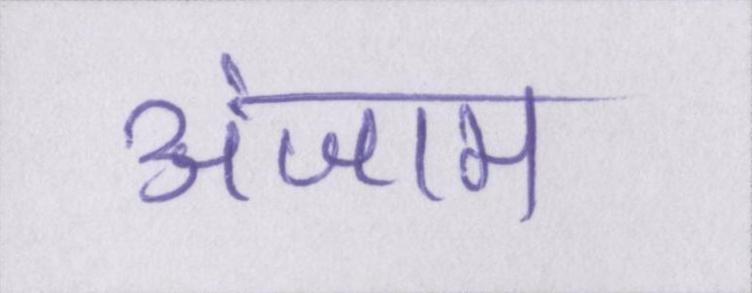
अंजाम